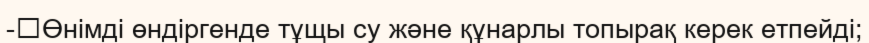
-	Өнімді өндіргенде тұщы су және құнарлы топырақ керек етпейді;